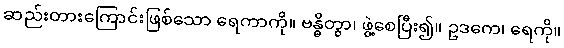
ဆည်းတားကြောင်းဖြစ်သော ရေကာကို။ ဗန္ဓိတွာ၊ ဖွဲ့စေပြီး၍။ ဥဒကေ၊ ရေကို။